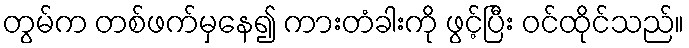
တွမ်က တစ်ဖက်မှနေ၍ ကားတံခါးကို ဖွင့်ပြီး ဝင်ထိုင်သည်။